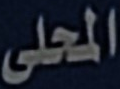
المحلى